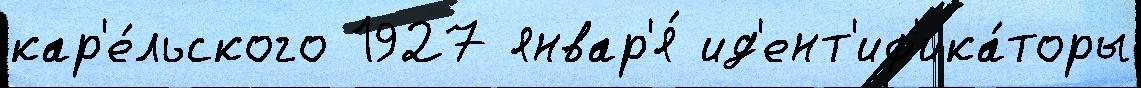
кар'е́льского 1927 январ'я́ ид'ент'иф'ика́торы